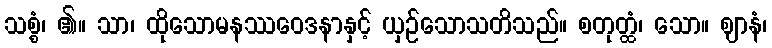
သစ္စံ၊ ၏။ သာ၊ ထိုသောမနဿဝေဒနာနှင့် ယှဉ်သောသတိသည်။ စတုတ္ထံ၊ သော။ ဈာနံ၊